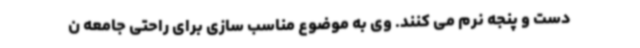
دست و پنجه نرم می کنند. وی به موضوع مناسب سازی برای راحتی جامعه ن